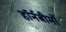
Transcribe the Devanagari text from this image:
हॉर्नबीमों